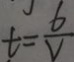
t = \frac { 6 } { V }